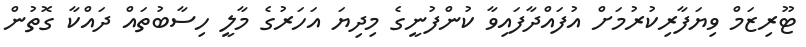
ޓޫރިޒަމް ވިޔަފާރިކުރުމަށް އުފައްދާފައިވާ ކުންފުނީގެ މިދިޔަ އަހަރުގެ މާލީ ހިސާބުތައް ދައްކާ ގޮތުން